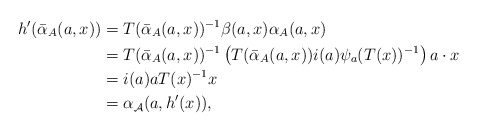
\begin{align*} h'(\bar{\alpha}_A(a,x)) & = T(\bar{\alpha}_A(a,x))^{-1}\beta(a,x)\alpha_A(a,x) \\ & = T(\bar{\alpha}_A(a,x))^{-1}\left( T(\bar{\alpha}_A(a,x))i(a)\psi_a(T(x))^{-1}\right) a\cdot x \\ & = i(a)aT(x)^{-1}x \\ & = \alpha_{\mathcal{A}}(a, h'(x)),\end{align*}